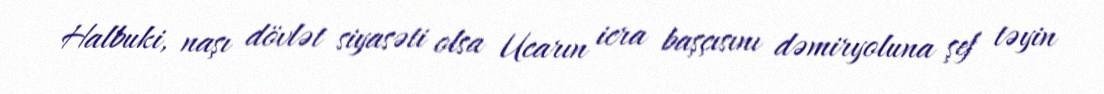
Halbuki, naşı dövlət siyasəti olsa Ucarın icra başçısını dəmiryoluna şef təyin